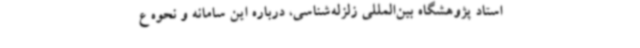
استاد پژوهشگاه بین‌المللی زلزله‌شناسی، درباره این سامانه و نحوه ع